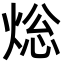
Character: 焧